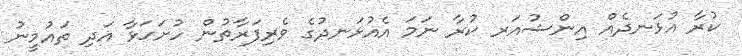
ކުރާ އުޅަނދެއް އިންޝުއަރ ކުރާ ނަމަ އެއުޅަނދުގެ ވެރިފަރާތުން ހުށަހަޅާ އަދި ތައުމީނު